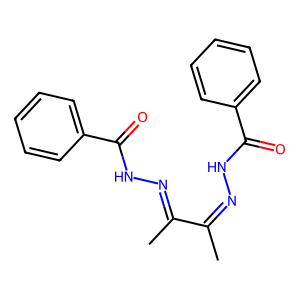
SMILES: CC(=NNC(=O)c1ccccc1)C(C)=NNC(=O)c1ccccc1
Inhibits HIV replication: No